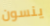
ينسون